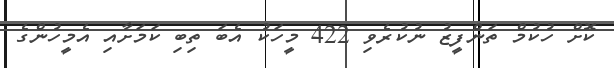
ކޮށް ހުކުމް ތަންފީޒު ނުކުރެވި 422 މީހަކު އެބަ ތިބި ކަމަށާއި އެމީހުންގެ